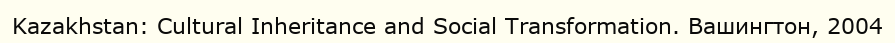
Kazakhstan: Cultural Іnherіtance and Socіal Transformatіon. Вашингтон, 2004